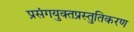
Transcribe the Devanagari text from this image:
प्रसंगयुक्तप्रस्तुतिकरण